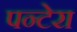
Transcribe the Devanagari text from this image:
पन्टेरा